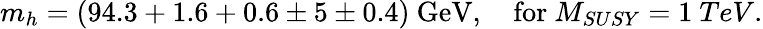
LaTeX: m_{h}=(94.3+1.6+0.6\pm 5\pm 0.4)\ \mathrm{GeV},\ \ \ \mathrm{~for}\ M_{SUSY}=1\ TeV.